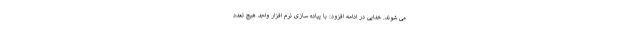
می شوند. خدایی در ادامه افزود: با پیاده سازی نرم افزار واحد هیچ تعدد